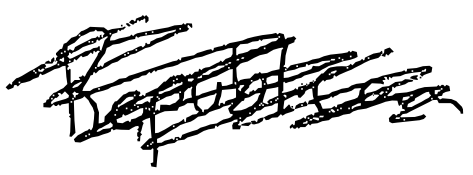
Text: Republican
Cross-out: mix
Writing tool: digital_black